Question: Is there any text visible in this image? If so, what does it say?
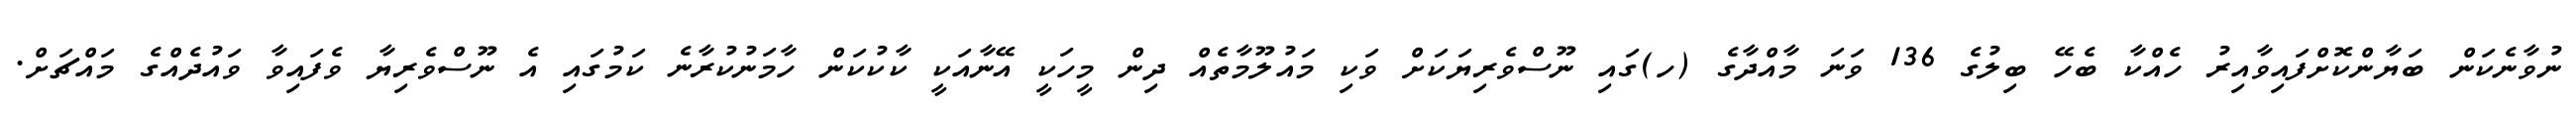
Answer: ނުވާނެކަން ބަޔާންކޮށްފައިވާއިރު ހެއްކާ ބެހޭ ބިލުގެ 136 ވަނަ މާއްދާގެ (ހ)ގައި ނޫސްވެރިޔަކަށް ވަކި މައުލޫމާތެއް ދިން މީހަކީ އޭނާއަކީ ކާކުކަން ހާމަނުކުރާނެ ކަމުގައި އެ ނޫސްވެރިޔާ ވެފައިވާ ވައުދެއްގެ މައްޗަށް.